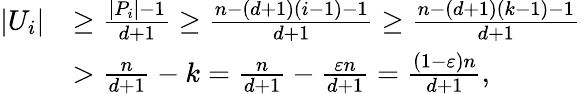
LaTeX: \begin{array}{rl}{|U_{i}|}&{\geq\frac{|P_{i}|-1}{d+1}\geq\frac{n-(d+1)(i-1)-1}{d+1}\geq\frac{n-(d+1)(k-1)-1}{d+1}}\\ &{>\frac{n}{d+1}-k=\frac{n}{d+1}-\frac{\varepsilon n}{d+1}=\frac{(1-\varepsilon)n}{d+1},}\end{array}